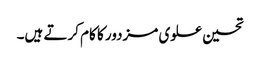
تحسین علوی مزدور کا کام کرتے ہیں۔